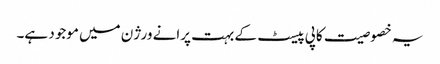
یہ خصوصیت کاپی پیسٹ کے بہت پرانے ورژن میں موجود ہے۔